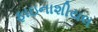
ફાઇનાશીયલ